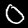
Label: 0